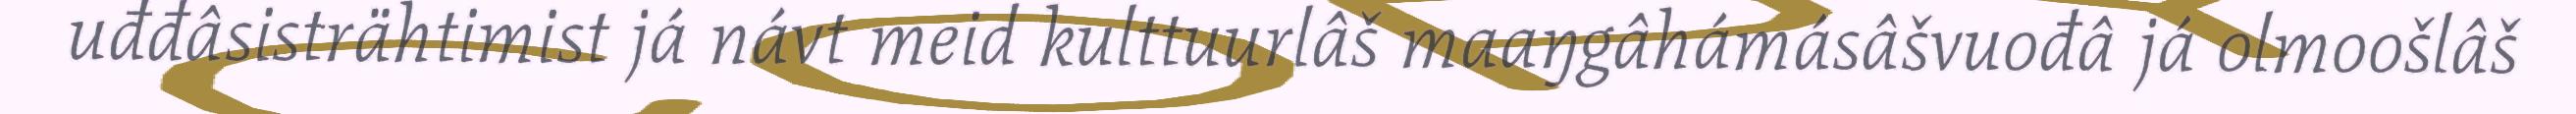
uđđâsisträhtimist já návt meid kulttuurlâš maaŋgâhámásâšvuođâ já olmoošlâš